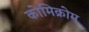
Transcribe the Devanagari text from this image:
कोमिक्रोम